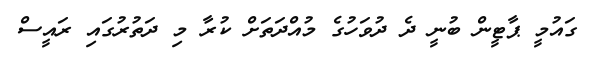
ގައުމީ ޕާޓީން ބުނީ ދެ ދުވަހުގެ މުއްދަތަށް ކުރާ މި ދަތުރުގައި ރައީސް